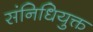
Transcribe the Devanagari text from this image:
संनिधियुक्त